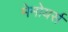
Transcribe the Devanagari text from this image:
मेमोयर्स